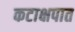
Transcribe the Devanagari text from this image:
कटाक्षपात